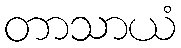
တာသာယံ